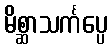
မိစ္ဆာသင်္ကပ္ပေ